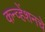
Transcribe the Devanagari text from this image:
कन्व्हेंशनचे